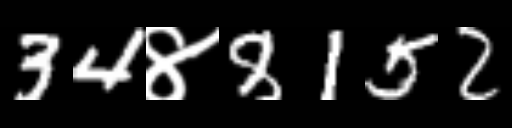
Text: 34४8152